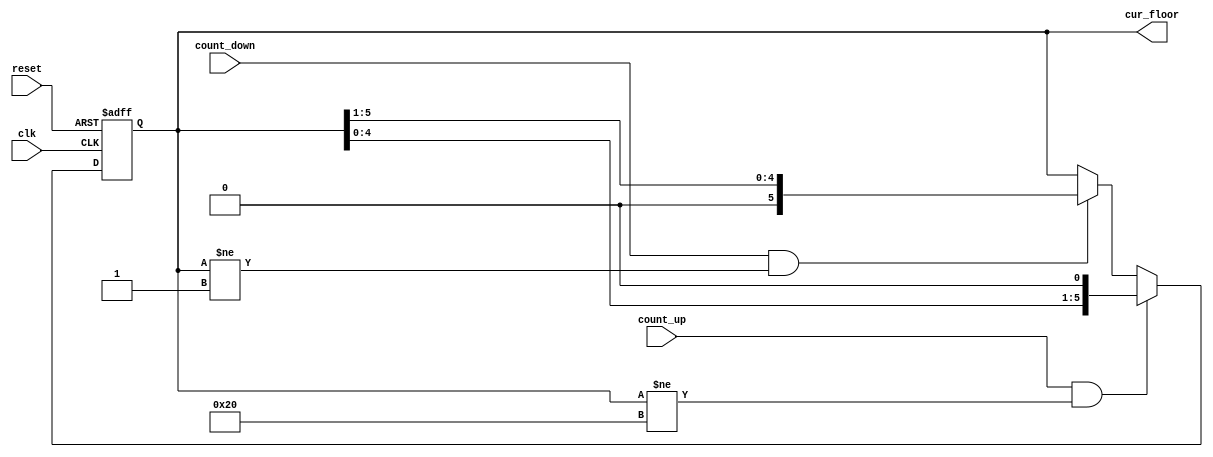
module MoveFloor
	#(	parameter n = 6)
	(
	input clk, reset, count_up, count_down, // bien dem tang
	output reg [n-1:0]cur_floor	
	);

	reg [n-1:0]n_cur_floor;
	always @(posedge clk or negedge reset)
	begin
		if(~reset)begin
			cur_floor <= 6'b000001;// tang 1
			end
		else begin
			cur_floor <= n_cur_floor;
			end
	end
	always @(count_down or count_up or cur_floor)
	begin
		if(count_up && (cur_floor != 6'b100000)) n_cur_floor = (cur_floor <<1);// neu co tin hieu dem tang chua phai cao nhat thuc hien luu tru gia tri tai gia tri dich 
		else if(count_down &&(cur_floor != 6'b000001)) n_cur_floor = (cur_floor >>1); //tin hieu nho nhat chua co luu gia tri
		else n_cur_floor = cur_floor;// giu nguyen neu khong co tin hieu nao
	end
endmodule